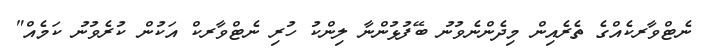
ނެޓްވާރކެއްގެ ތެރެއިން މިދެންނެވުނު ބޭފުޅުންނާ ލިންކު ހުރި ނެޓްވާރކް އަކުން ކުރެވުނު ކަމެއް"